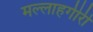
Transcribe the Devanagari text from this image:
मल्लाहगीरी